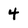
Character: 4